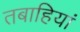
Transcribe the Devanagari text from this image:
तबाहियां